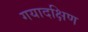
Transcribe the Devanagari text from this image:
गयादक्षिण